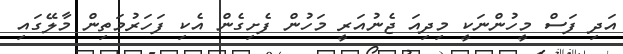
އަދި ފަސް މީހުންނަކީ މިދިއަ ޖެނުއަރީ މަހުން ފެށިގެން އެކި ފަހަރުމަތިން މާލޭގައި